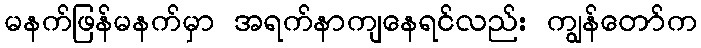
မနက်ဖြန်မနက်မှာ အရက်နာကျနေရင်လည်း ကျွန်တော်က